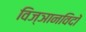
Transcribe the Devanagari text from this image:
विज्ञानविदों